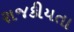
રાજકીયતા